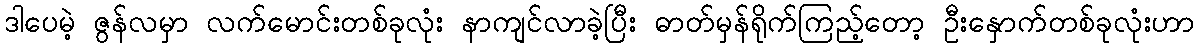
ဒါပေမဲ့ ဇွန်လမှာ လက်မောင်းတစ်ခုလုံး နာကျင်လာခဲ့ပြီး ဓာတ်မှန်ရိုက်ကြည့်တော့ ဦးနှောက်တစ်ခုလုံးဟာ